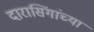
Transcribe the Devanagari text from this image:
दारासिंगांच्या